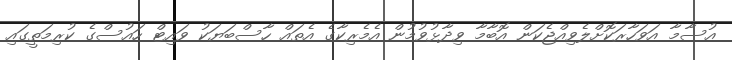
އުސާމާ އަވަހާރަކޮށްލެވިއްޖެކަން އޮބާމާ ވިދާޅުވުމުން އެމެރިކާގެ އެތައް ހާސްބަޔަކު ވައިޓް ހައުސްގެ ކުރިމަތީގައި